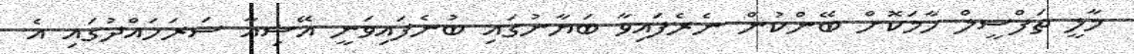
މާލީ ތަފްސީލް ހާމަކޮށް ބޭންކުން ނެރެފައިވާ ބަޔާނުގައި ބުނެފައިވަނީ އޭޝިއާ ސަރަހައްދުގައި އެ